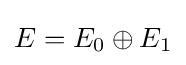
E=E_{0}\oplus E_{1}